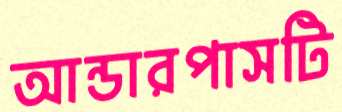
আন্ডারপাসটি